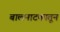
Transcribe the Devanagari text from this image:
बालनाटकातून